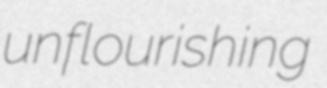
unflourishing